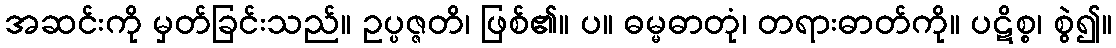
အဆင်းကို မှတ်ခြင်းသည်။ ဥပ္ပဇ္ဇတိ၊ ဖြစ်၏။ ပ။ ဓမ္မဓာတုံ၊ တရားဓာတ်ကို။ ပဋိစ္စ၊ စွဲ၍။